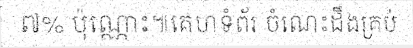
៧% ប៉ុណ្ណោះ៕គេហទំព័រ ចំណេះដឹងគ្រប់